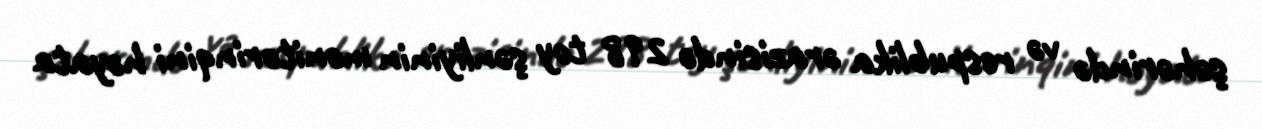
şəhərində və respublika ərazisində 298 toy şənliyinin monitorinqini həyata